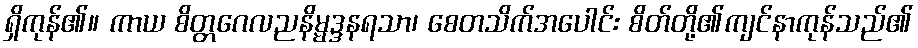
ရှိကုန်၏။ ကာယ စိတ္တဂေလညနိမ္မဒ္ဒနရသာ၊ စေတသိက်အပေါင်း စိတ်တို့၏ကျင်နာကုန်သည်၏